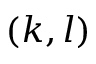
( k , l )